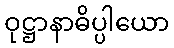
ဝုဋ္ဌာနာဓိပ္ပါယော